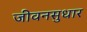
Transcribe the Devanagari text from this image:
जीवनसुधार